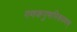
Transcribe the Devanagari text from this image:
गणकगुणनिरूपणम्